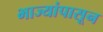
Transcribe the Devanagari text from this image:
भाज्यांपासून